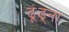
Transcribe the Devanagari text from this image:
ढूंढ्ना